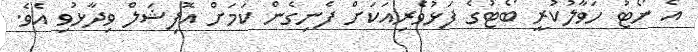
އެ ނޯޓު ހަވާލުކުރީ ބޯޓުގެ ފަޅުވެރިއަކަށް ފެނިގެން ކަމަށް އޮފިޝަލް ވިދާޅުވި އެވެ.